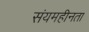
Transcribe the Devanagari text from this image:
संयमहीनता